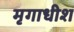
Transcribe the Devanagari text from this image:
मृगाधीश